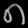
Digit: ၈